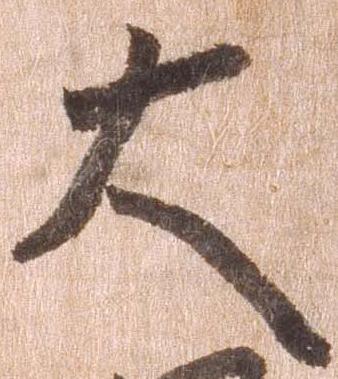
大